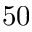
5 0